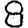
Digit: 8